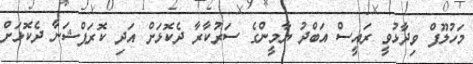
މަހުލޫފް ވިދާޅުވީ ރައީސް އަބްދު ޔާމީންގެ ސަރުކާރާ ދެކޮޅަށް އަދި ކޮރަޕްޝަނާ ދެކޮޅަށް